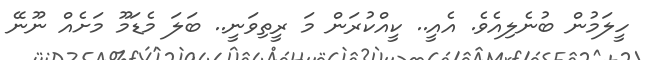
ހީލަމުން ބުނެލިއެވެ. އެއީ.. ކީއްކުރަން މަ ރީތިވަނީ.. ބަލަ މެޑަމޫ މަށެއް ނޫނޭ